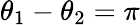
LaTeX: \theta_{1}-\theta_{2}=\pi